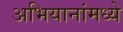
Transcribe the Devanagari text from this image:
अभियानांमध्ये